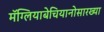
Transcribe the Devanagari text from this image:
मॅग्लियाबेचियानोसारख्या